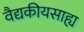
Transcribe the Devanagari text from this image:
वैद्यकीयसाह्य